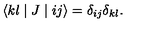
\langle k l \mid J \mid i j \rangle = \delta _ { i j } \delta _ { k l } .